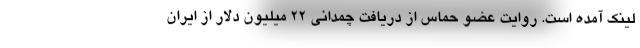
لینک آمده است. روایت عضو حماس از دریافت چمدانی ۲۲ میلیون دلار از ایران